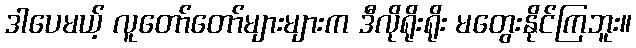
ဒါပေမယ့် လူတော်တော်များများက ဒီလိုရိုးရိုး မတွေးနိုင်ကြဘူး။